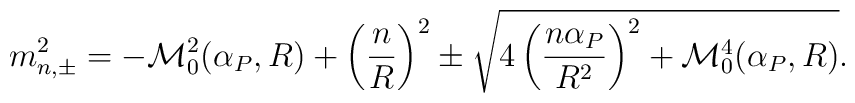
m^2_{n,\pm}	=		-{\cal M}^2_0(\alpha_P,R)		+		\left(\frac{n}{R}\right)^2		\pm		\sqrt{			4\left(\frac{n\alpha_P }{R^2}\right)^2			+			{\cal M}^4_0(\alpha_P,R)		}.